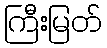
ကြီးမြတ်